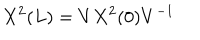
X ^ { 2 } ( L ) = V X ^ { 2 } ( 0 ) V ^ { - 1 }